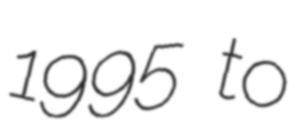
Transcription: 1995 to